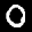
Label: 0